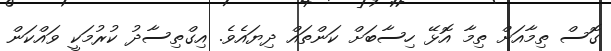
ގޮސް ތިމާއަށް ތިމާ އޮޅޭ ހިސާބަށް ކަންތައް ދިޔައެވެ. އިގްތިސާދު ކުރުމަކީ ވައްކަން